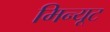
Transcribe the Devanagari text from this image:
मिन्यूट